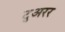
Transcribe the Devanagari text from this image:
टुअरर